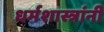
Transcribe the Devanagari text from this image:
धर्मशास्त्रांनी